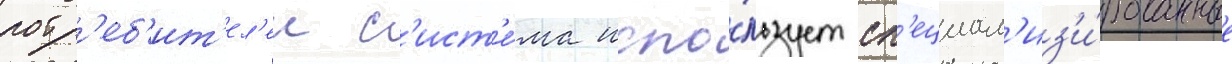
потр'еб'ит'ел'еи с'ист'е́ма испо́льзует сп'ециал'из'и́рованные